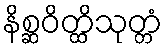
နိစ္ဆဝိတ္ထိသုတ္တံ